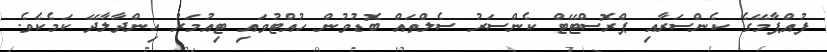
ފުއްޕާމޭގެ ކެންސަރާއި ޕްރޮސްޓޭޓް ކެންސަރު ސެލްތައް ބޮޑުވުން ހުއްޓުވައި ޓިއުމަރު ހިންދާލާދޭ ކަމެކެވެ.